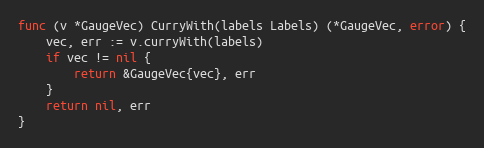
Language: Go
func (v *GaugeVec) CurryWith(labels Labels) (*GaugeVec, error) {
	vec, err := v.curryWith(labels)
	if vec != nil {
		return &GaugeVec{vec}, err
	}
	return nil, err
}